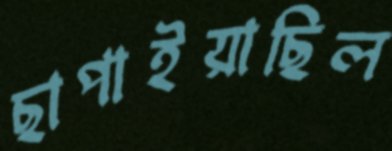
ছাপাইয়াছিল